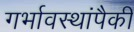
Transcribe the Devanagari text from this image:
गर्भावस्थांपैकी